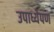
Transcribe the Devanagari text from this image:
उपाध्येपण